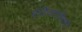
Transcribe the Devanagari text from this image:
बेतियापश्चिमी